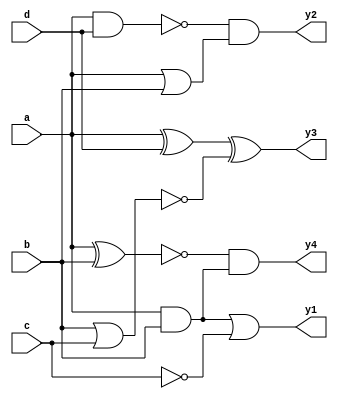
module combinational_logic_block (
    input wire a,      // Input signal a
    input wire b,      // Input signal b
    input wire c,      // Input signal c
    input wire d,      // Input signal d
    output wire y1,    // Output signal y1
    output wire y2,    // Output signal y2
    output wire y3,    // Output signal y3
    output wire y4     // Output signal y4
);

// Internal signals for intermediate logic
wire and_out;
wire or_out;
wire not_out;
wire nand_out;
wire nor_out;
wire xor_out;
wire xnor_out;

// Logic gate implementations
assign and_out = a & b;          // AND gate
assign or_out = a | b;           // OR gate
assign not_out = ~c;             // NOT gate
assign nand_out = ~(a & d);      // NAND gate
assign nor_out = ~(b | c);       // NOR gate
assign xor_out = a ^ d;          // XOR gate
assign xnor_out = ~(a ^ b);      // XNOR gate

// Output assignments based on the logic operations
assign y1 = and_out | not_out;   // y1 = AND output OR NOT output
assign y2 = nand_out & or_out;    // y2 = NAND output AND OR output
assign y3 = xor_out ^ nor_out;    // y3 = XOR output XOR NOR output
assign y4 = xnor_out & and_out;   // y4 = XNOR output AND AND output

endmodule